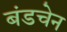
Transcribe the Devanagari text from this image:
बंडचेन